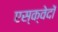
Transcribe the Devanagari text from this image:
एस्क्वेदों